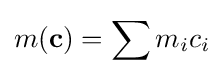
m(\mathbf {c} )=\sum m_{i}c_{i}